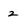
Character: 2